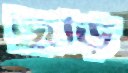
জুড়ি